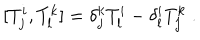
[ T _ { j } ^ { i } , T _ { l } ^ { k } ] = \delta _ { j } ^ { k } T _ { l } ^ { i } - \delta _ { l } ^ { i } T _ { j } ^ { k } \; .